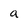
Character: a